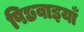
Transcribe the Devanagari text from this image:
पिछवाइयाँ